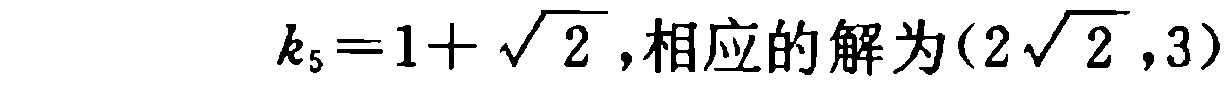
\(k_{5}=1+\sqrt{2},相应的解为(2\sqrt{2},3)\)